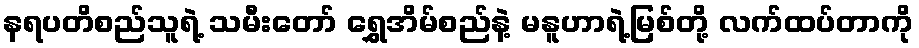
နရပတိစည်သူရဲ့ သမီးတော် ရွှေအိမ်စည်နဲ့ မနူဟာရဲ့မြစ်တို့ လက်ထပ်တာကို